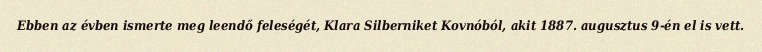
Ebben az évben ismerte meg leendő feleségét, Klara Silberniket Kovnóból, akit 1887. augusztus 9-én el is vett.